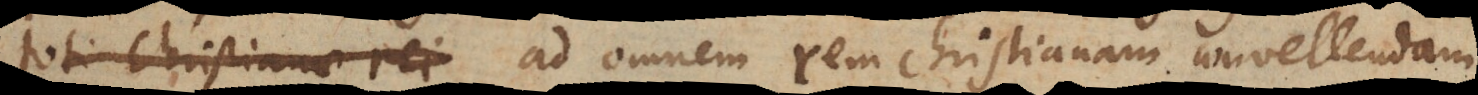
rei aperiant ad omnem rem christianam convellendam.